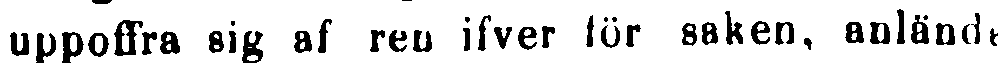
uppoffra sig af ren ifver för saken, anlända